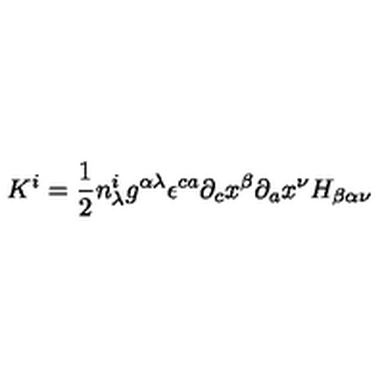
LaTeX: K ^ { i } = \frac { 1 } { 2 } n _ { \lambda } ^ { i } g ^ { \alpha \lambda } { \epsilon } ^ { c a } { \partial } _ { c } x ^ { \beta } { \partial } _ { a } x ^ { \nu } H _ { \beta \alpha \nu }